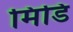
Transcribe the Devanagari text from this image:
मिडि